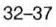
32-37